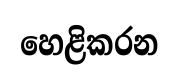
හෙළිකරන